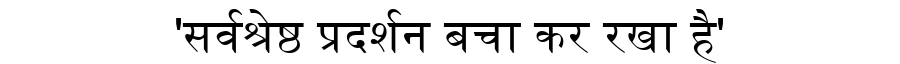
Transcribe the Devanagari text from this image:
'सर्वश्रेष्ठ प्रदर्शन बचा कर रखा है'